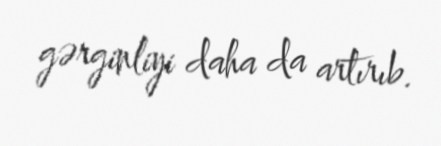
gərginliyi daha da artırıb.